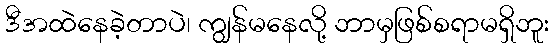
ဒီအထဲနေခဲ့တာပဲ၊ ကျွန်မနေလို့ ဘာမှဖြစ်စရာမရှိဘူး